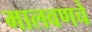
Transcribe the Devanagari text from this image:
मालवणचे